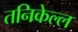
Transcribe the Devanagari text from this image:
तनिकेल्ल